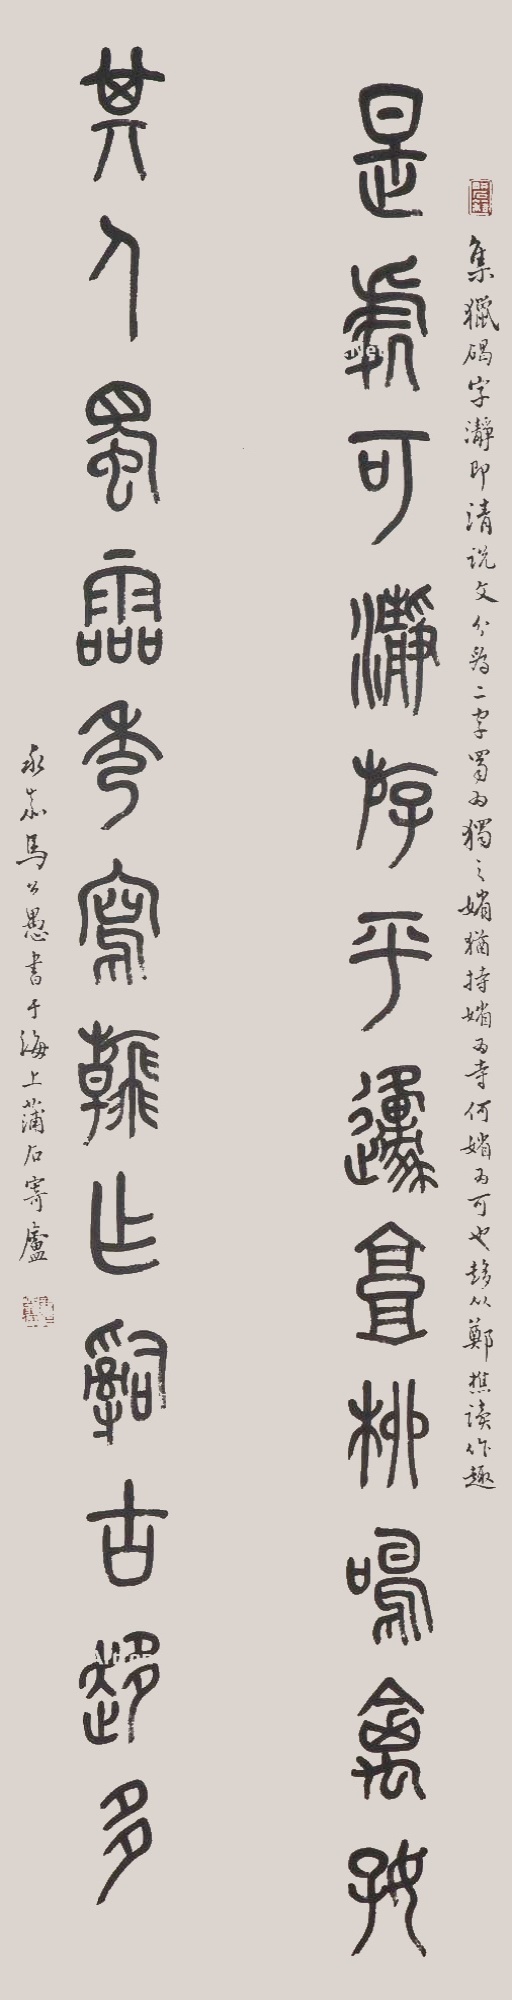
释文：是处可清游平原高柳鸣禽好，其人独灵秀写翰作辞古趣多。集猎碣字，瀞即清，说文分为二字，蜀为独之媚，犹持媚为寺，何媚为可也。趍从郑樵读作趣。永嘉马公愚书于海上蒲石寄庐。